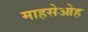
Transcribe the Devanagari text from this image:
माहसेओह